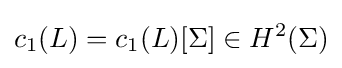
c_{1}(L)=c_{1}(L)[\Sigma ]\in H^{2}(\Sigma )